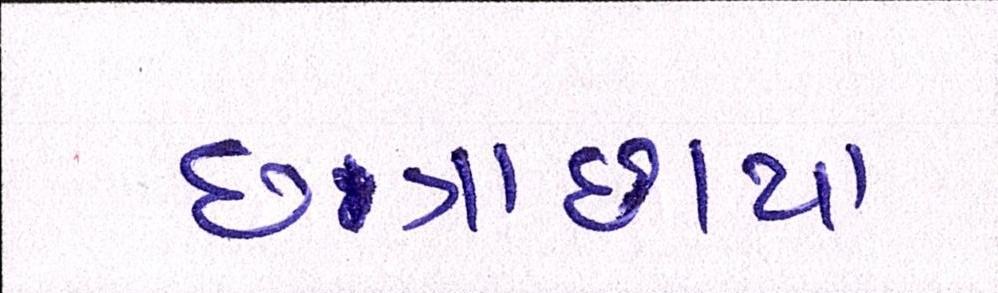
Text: છત્રાછાયા